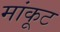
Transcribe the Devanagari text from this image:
मांकूट